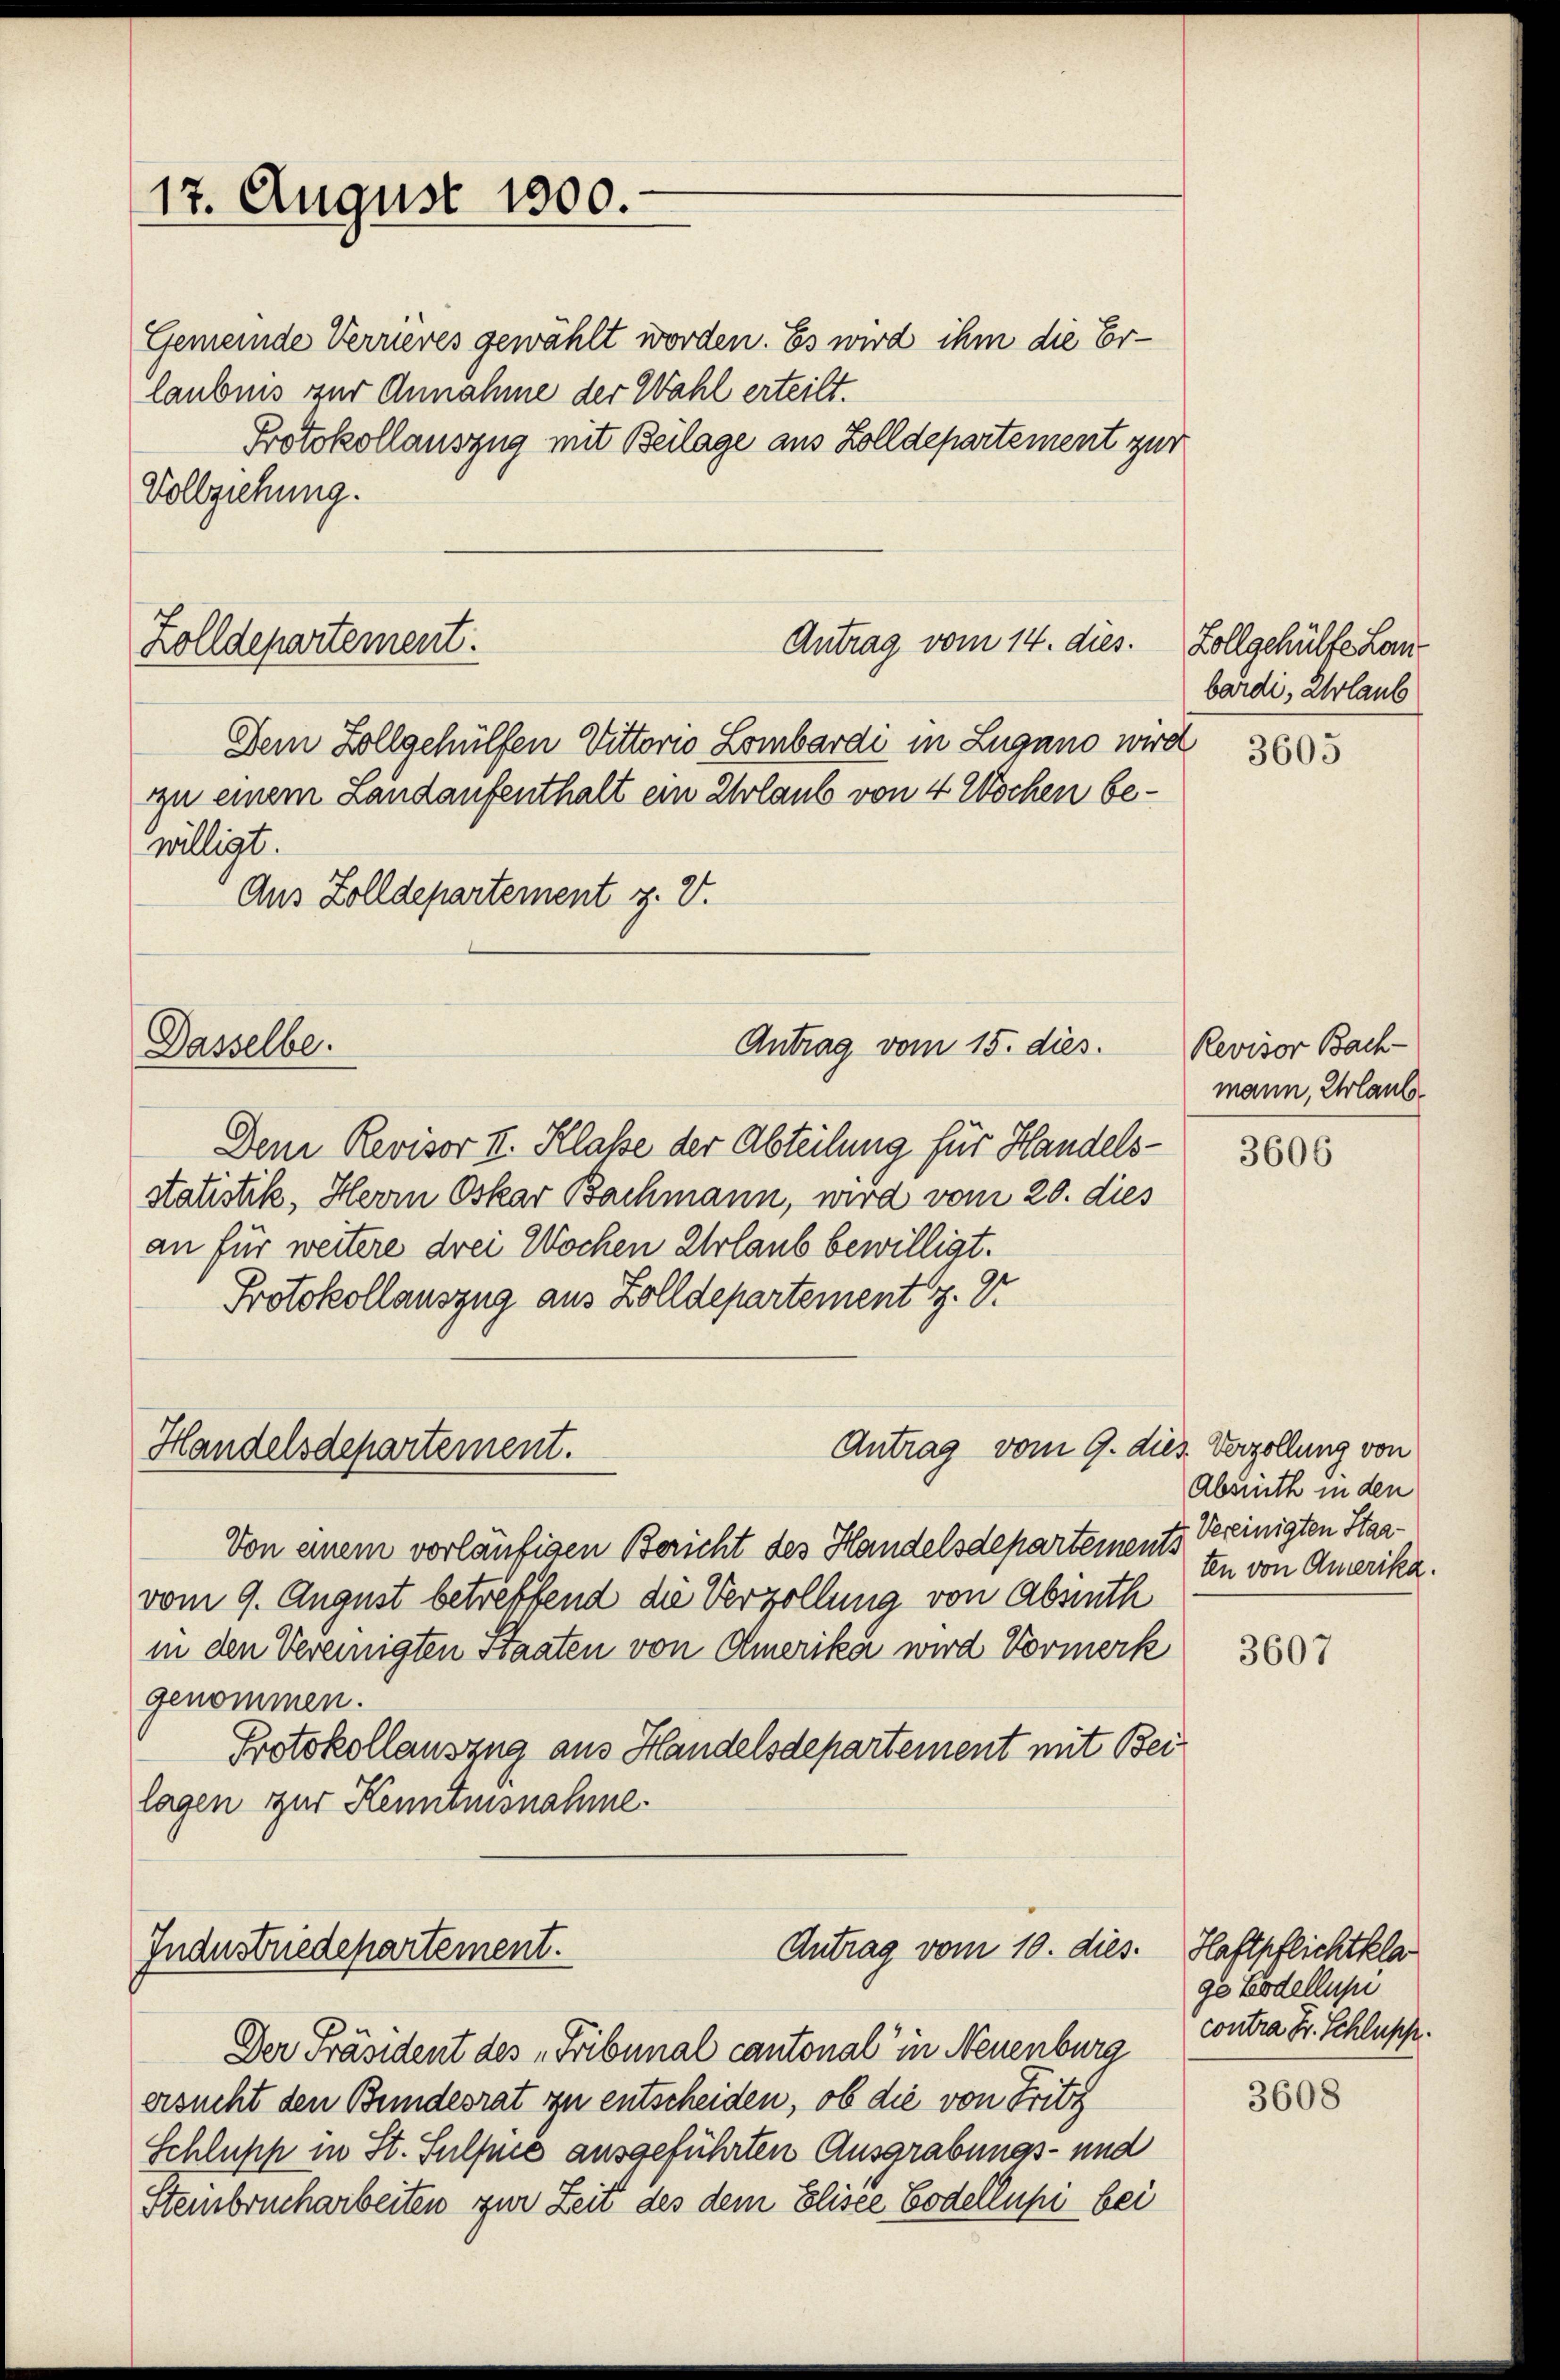
Gemeinde Verrieres gewählt worden. Es wird ihm die Erlaubnis zur Annahme der Wahl erteilt.
Protokollauszug mit Beilage aus Zolldepartement zur
Vollziehung.

Zolldepartement.

17. August 1800.

Dasselbe.

Handelsdepartement.

Antrag vom 14. dies.

Dem Zollgehülfen Vittorio Lombardi in Lugano wird
zzu einem Landaufenthalt ein Urlaub von 4 Wochen bewilligt.
Aus Zolldepartement z. B.

Dem Revisor II. Klasse der Abteilung für Handelsstatistik, Herrn Oskar Bachmann, wird vom 20. dies
an für weitere drei Wochen Urlaub bewilligt.
Protokollauszug aus Zolldepartement z. Er
Antrag vom 9. dies. Verzollung von
Von einem vorläufigen Bericht des Handelsdepartements bereinigten Staavom 9. August betreffend die Verzollung von Absinth
in den Vereinigten Staaten von Amerika wird Vormerk
genommen.
Protokollauszug aus Handelsdepartement mit Bei
lagen zur Kenntnisnahme.

Antrag vom 15. dies.

Antrag vom 10. dies
Industriedepartement.

Der Präsident des „Fribunal cantonal in Neuenburg
ersucht den Bundesrat zu entscheiden, ob die von Fritz
Schlupp in St. Sulpie ausgeführten Ausgrabungs- und
Stembrucharbeiten zur Zeit des dem Elisee Bodellupi bei

Zollgehülfe Lanbardi, Urlaub

i

3605

Revisor Bach-
mann, Erlaube

3606

Absrüth in den
ten von Amerika.

3607

Haftpflichtkla
ge Bodellupi
contra Hr. Schlupp.

3608